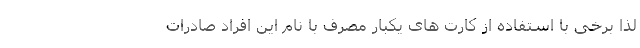
لذا برخی با استفاده از کارت های یکبار مصرف با نام این افراد صادرات